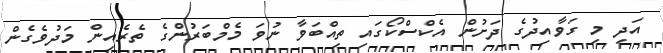
އަދި މި ގަވާއިދުގެ ދަށުން އެކްސްކޯގައި ތިއްބަވާ ނުވަ މެމްބަރުންގެ ތެރެއިން މަދުވެގެން